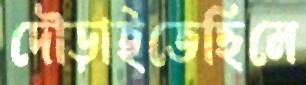
দৌড়াইতেছিলে